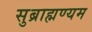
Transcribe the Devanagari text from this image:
सुब्राह्मण्यम